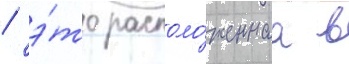
/ э́то располо́женнаа в